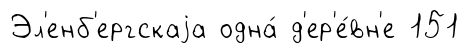
Эл'енб'ергскаjа одна́ д'ер'е́вн'е 151